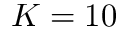
K = 1 0